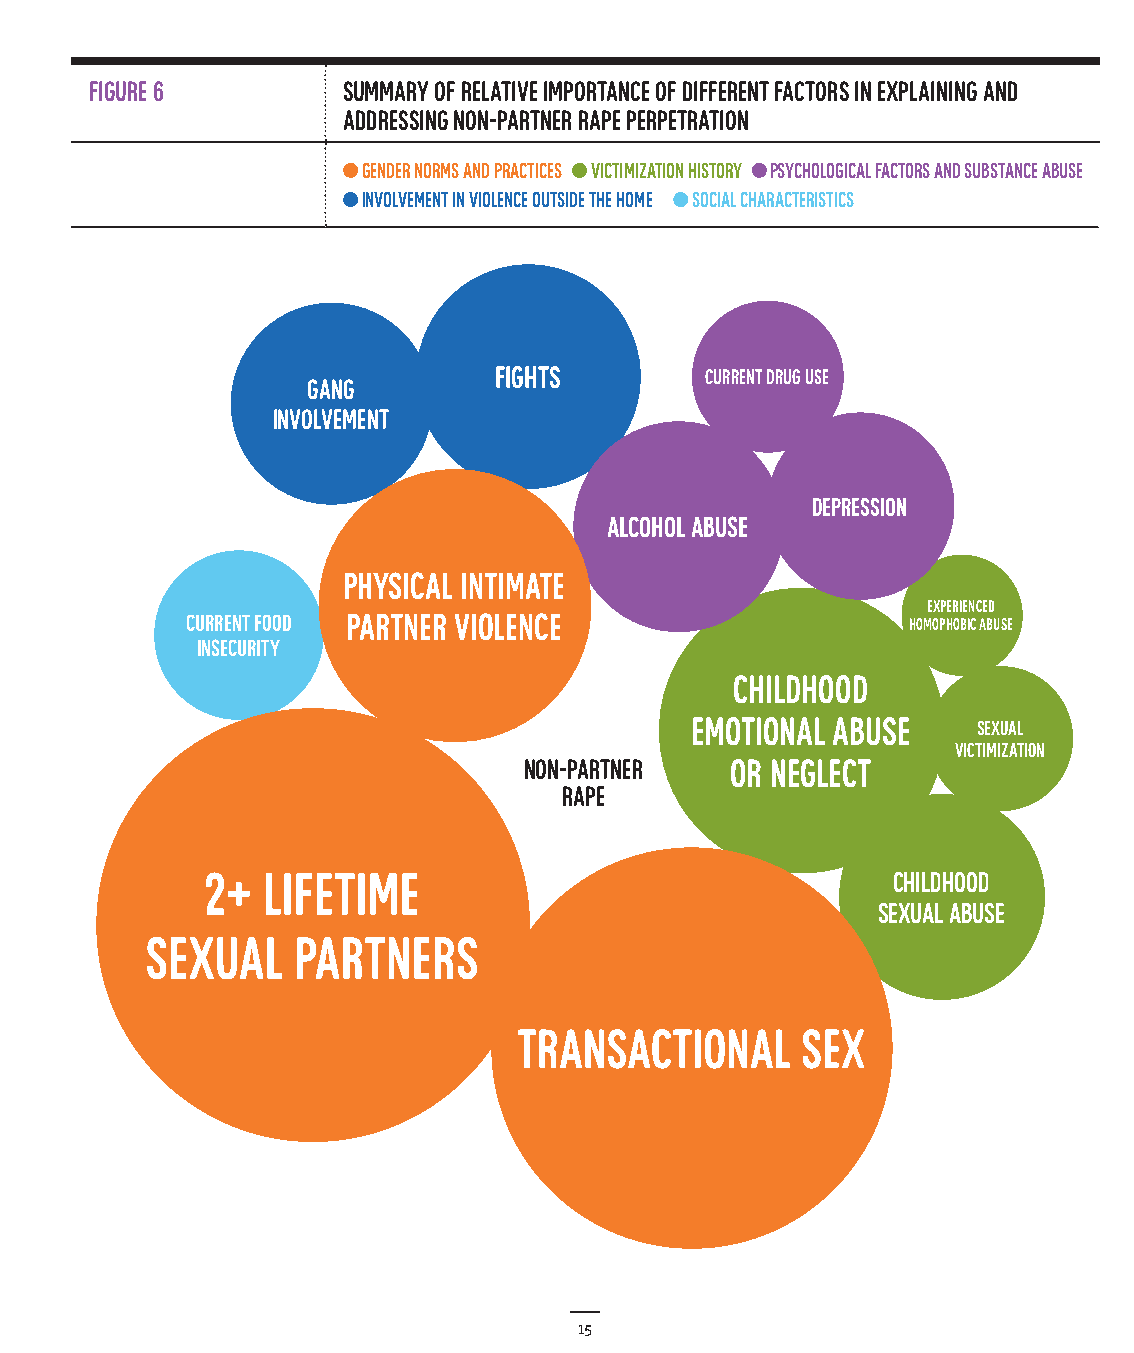
Figure 6         Summary of relative importance of different factors in explaining and
 addressing non-partner rape perpetration
 gender norms and practices victimization history psychological factors and substance abuse
 involvement in violence outside the home social characteristics
 fights        current drug use
 Gang
 involvement
 depression
 alcohol abuse
 Physical intimate
 Experienced
 current food partner violence                   homophobic abuse
 insecurity
 Childhood
 emotional abuse    Sexual
 victimization
 non-partner  or neglect
 rape
 2+ lifetime                                  Childhood
 sexual abuse
 sexual   partners
 transactional      sex
 15